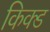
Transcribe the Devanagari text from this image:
किक्ड